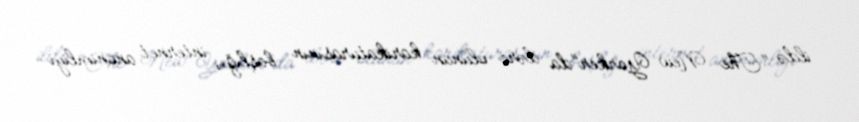
ildə "The New Yorker"da dərc olunan karikaturasının başlığı, internet anonimliyi